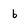
Character: b